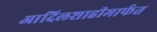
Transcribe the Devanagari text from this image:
आदिलशाहीमार्फत